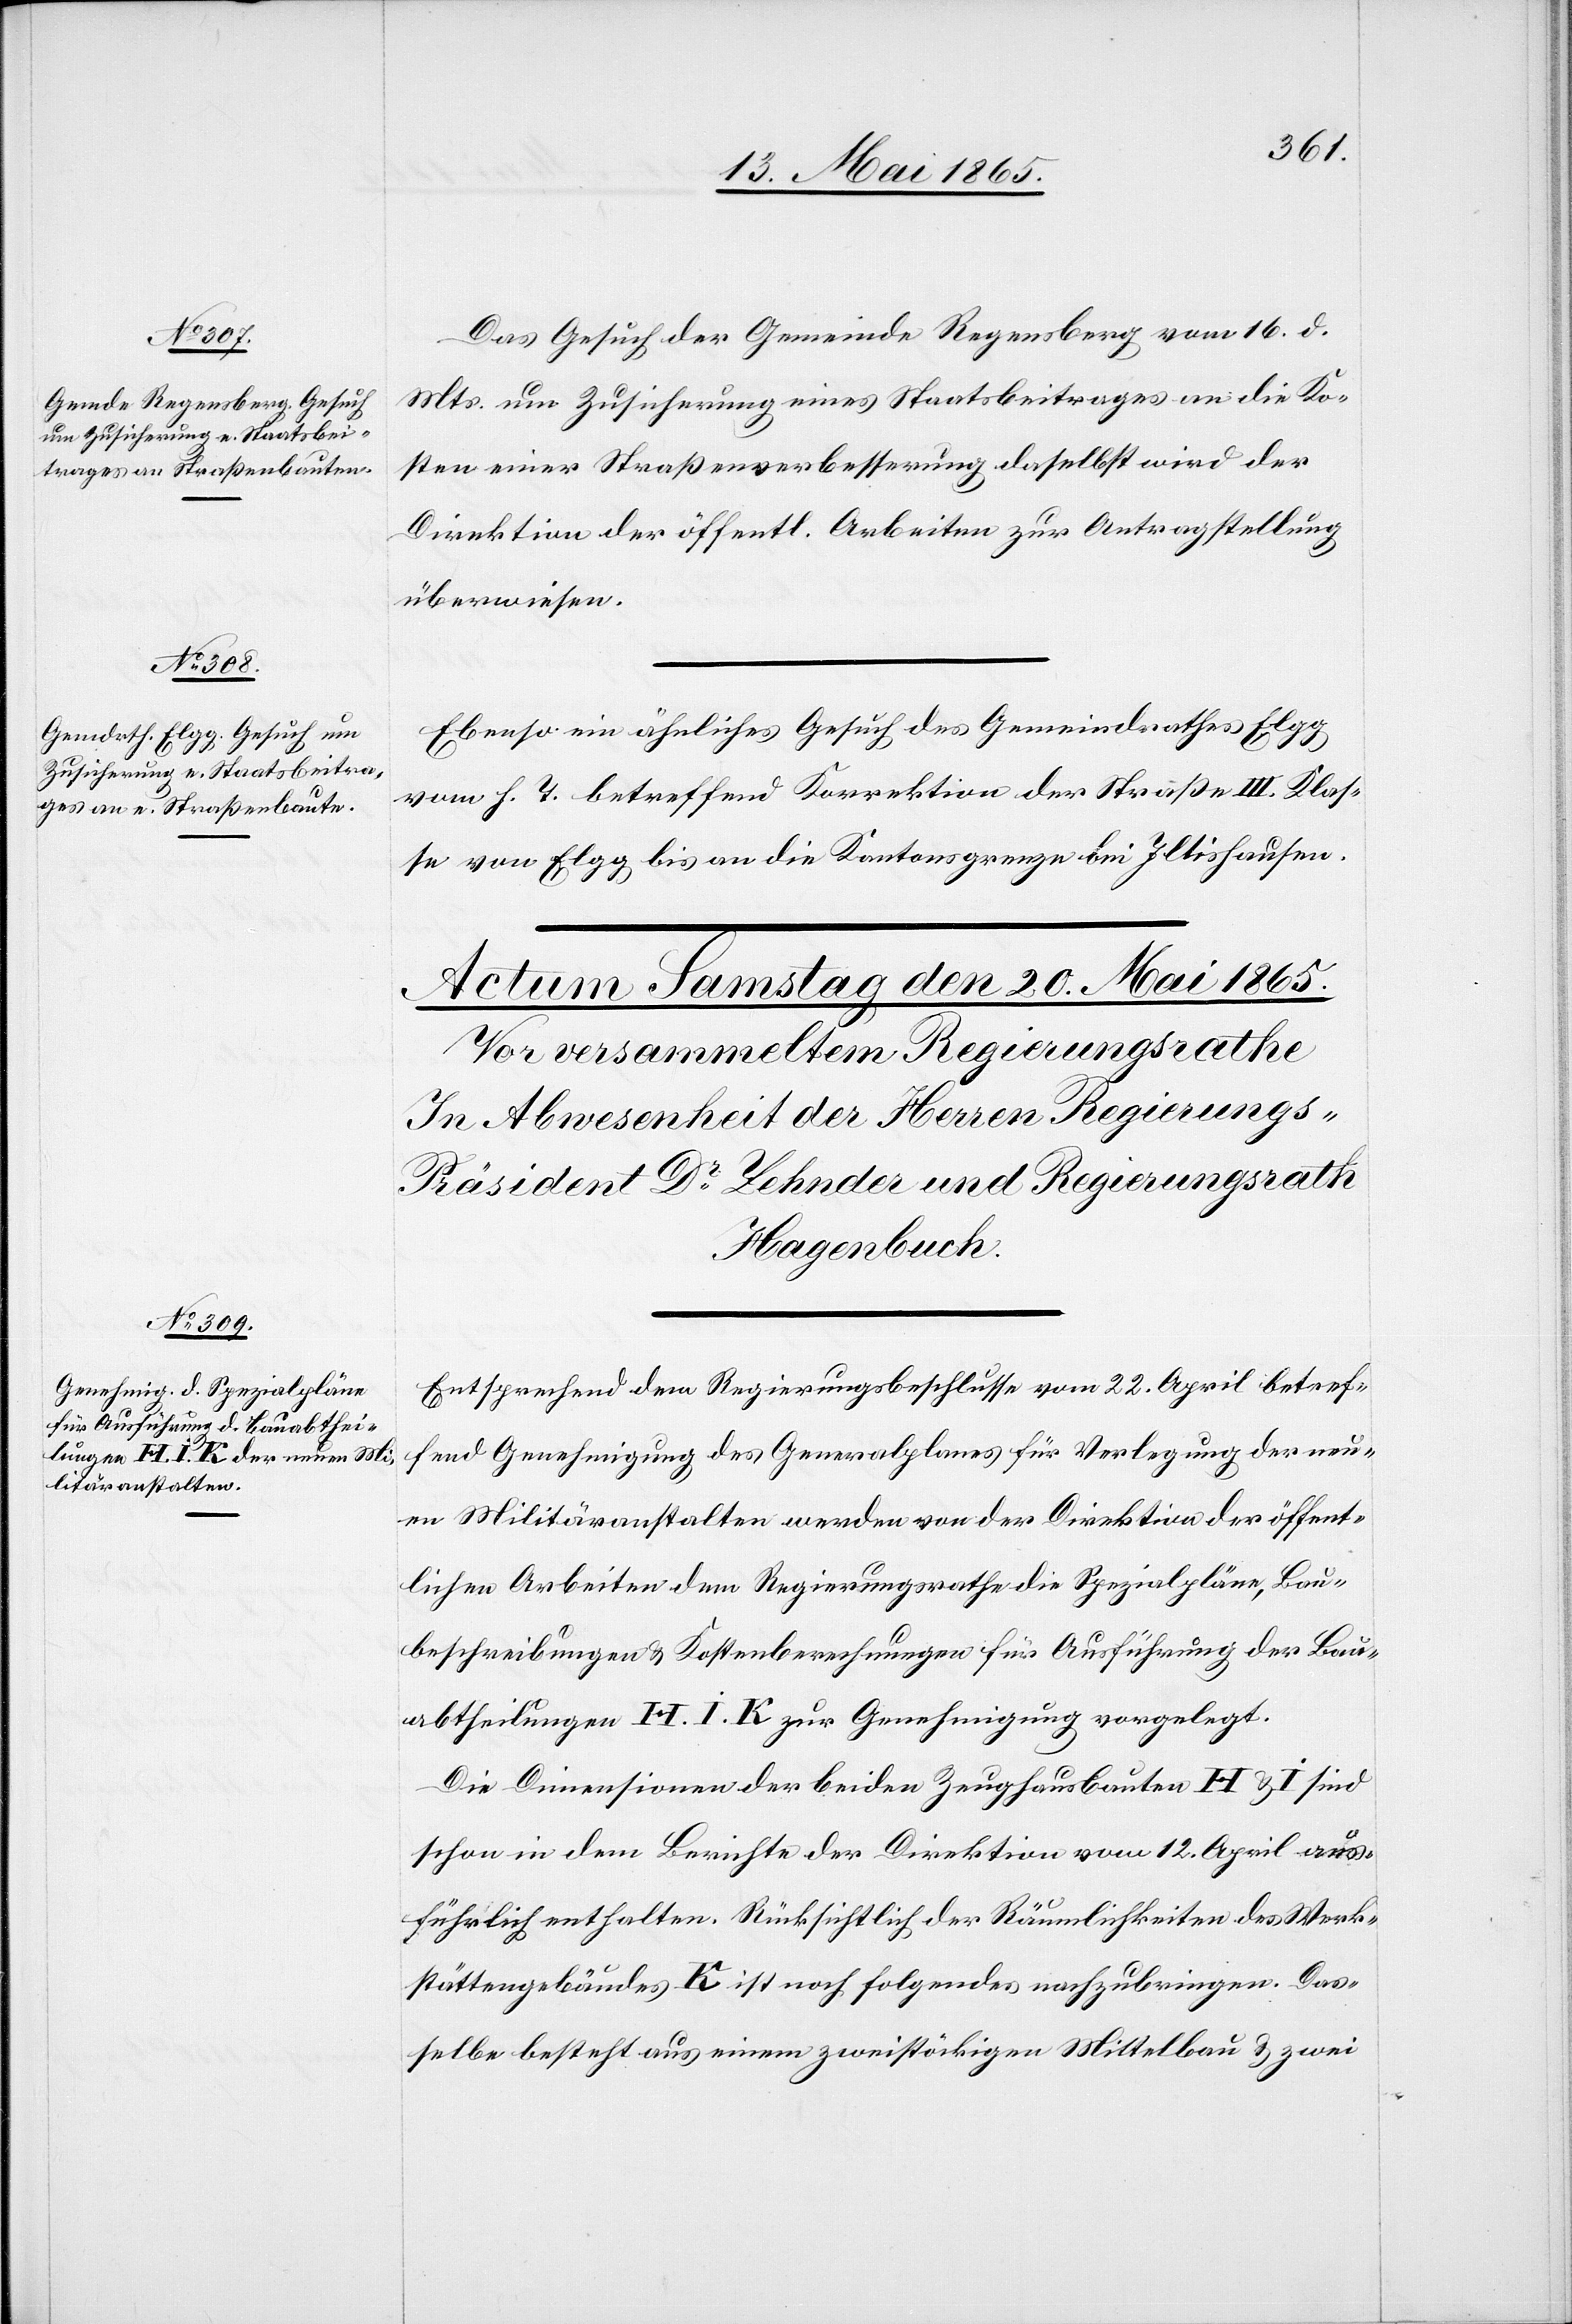
19. Mai 1865.]
Das Gesuch der Gemeinde Regensberg vom 16. d.
Mts. um Zusicherung eines Staatsbeitrages an die Ko¬
sten einer Straßenverbesserung daselbst wird der
Direktion der öffentl. Arbeiten zur Antragstellung
überwiesen.
Ebenso ein ähnliches Gesuch des Gemeindrathes Elgg
vom h. T. betreffend Korrektion der Straße III. Klas¬
se von Elgg bis an die Kantonsgrenze bei Iltishausen.
Entsprechend dem Regierungsbeschlusse vom 22. April betref¬
fend Genehmigung des Generalplanes für Verlegung der neu¬
en Militäranstalten werden von der Direktion der öffent¬
lichen Arbeiten dem Regierungsrathe die Spezialpläne, Bau¬
beschreibungen & Kostenberechnungen für Ausführung der Bau¬
abtheilungen H. I. K zur Genehmigung vorgelegt.
Die Dimensionen der beiden Zeughausbauten H & I sind
schon in dem Berichte der Direktion vom 12. April aus¬
führlich enthalten. Rücksichtlich der Räumlichkeiten des Werk¬
stättengebäudes K ist noch folgendes nachzubringen. Das¬
selbe besteht aus einem zweistöckigen Mittelbau & zwei